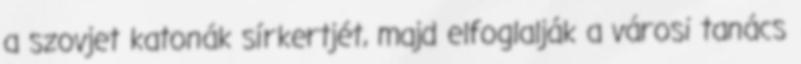
a szovjet katonák sírkertjét, majd elfoglalják a városi tanács